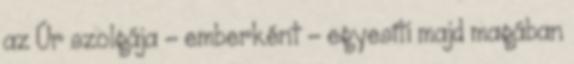
az Úr szolgája – emberként – egyesíti majd magában